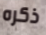
ذكره